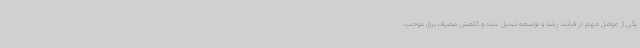
یکی از عوامل مهم در فرآیند رشد و توسعه تبدیل شده و کاهش مصرف برق موجب